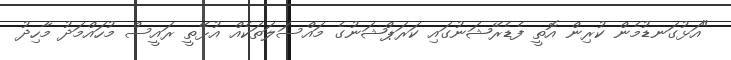
"އަޅުގަނޑުމެން ކުރިން އޮތީ ފެޑެރޭޝަނުގައި ކަރަޕްޝަނުގެ މައްސަލަތަކެއް އުޅޭތީ ރައީސް މުހައްމަދު މާހިދު